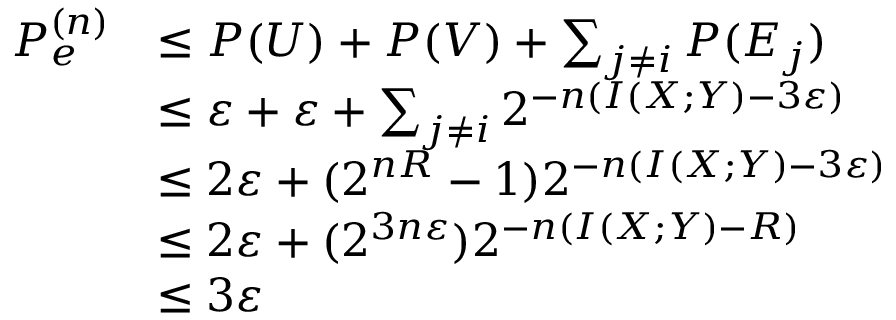
{ \begin{array} { r l } { P _ { e } ^ { ( n ) } } & { \leq P ( U ) + P ( V ) + \sum _ { j \neq i } P ( E _ { j } ) } \\ & { \leq \varepsilon + \varepsilon + \sum _ { j \neq i } 2 ^ { - n ( I ( X ; Y ) - 3 \varepsilon ) } } \\ & { \leq 2 \varepsilon + ( 2 ^ { n R } - 1 ) 2 ^ { - n ( I ( X ; Y ) - 3 \varepsilon ) } } \\ & { \leq 2 \varepsilon + ( 2 ^ { 3 n \varepsilon } ) 2 ^ { - n ( I ( X ; Y ) - R ) } } \\ & { \leq 3 \varepsilon } \end{array} }